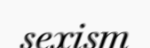
sexism